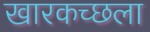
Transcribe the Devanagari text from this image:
खारकच्छला